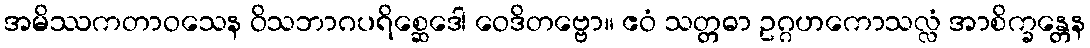
အမိဿကတာဝသေန ဝိသဘာဂပရိစ္ဆေဒေါ ဝေဒိတဗ္ဗော။ ဧဝံ သတ္တဓာ ဥဂ္ဂဟကောသလ္လံ အာစိက္ခန္တေန